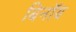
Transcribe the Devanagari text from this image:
बिनॉय